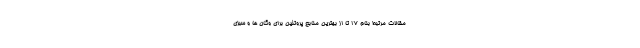
مقالات مرتبط بنام ۱۷ تا از بهترین منابع پروتئین برای وگان ها و سبزی